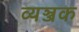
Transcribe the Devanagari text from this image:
व्यञ्जक